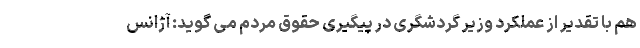
هم با تقدیر از عملکرد وزیر گردشگری در پیگیری حقوق مردم می گوید: آژانس